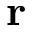
\mathbf { r }